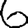
Digit: 6